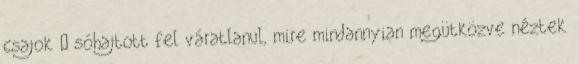
csajok – sóhajtott fel váratlanul, mire mindannyian megütközve néztek